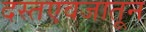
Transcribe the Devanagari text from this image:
दस्तएवजातून